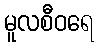
မူလစီဝရေ